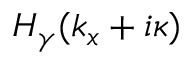
H _ { \gamma } ( k _ { x } + i \kappa )